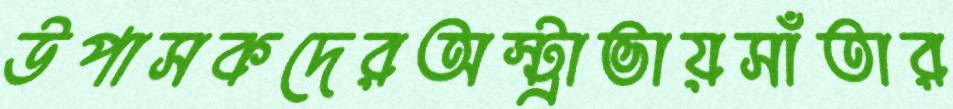
উপাসকদেরঅস্ট্রাভায়সাঁতার